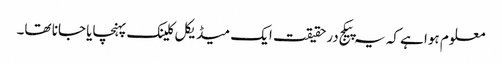
معلوم ہوا ہے کہ یہ پیکج درحقیقت ایک میڈیکل کلینک پہنچایا جانا تھا۔